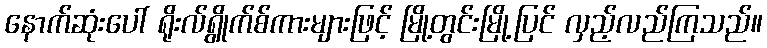
နောက်ဆုံးပေါ် ရိုးလ်ရွိုက်စ်ကားများဖြင့် မြို့တွင်းမြို့ပြင် လှည့်လည်ကြသည်။